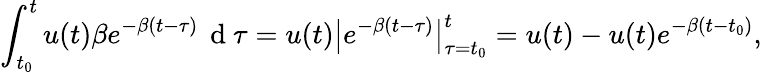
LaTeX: \int_{t_{0}}^{t}u(t)\beta e^{-\beta(t-\tau)}\, \mathrm{~d~}\tau=u(t)\big|e^{-\beta(t-\tau)}\big|_{\tau=t_{0}}^{t}=u(t)-u(t)e^{-\beta(t-t_{0})},